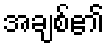
အချစ်၏